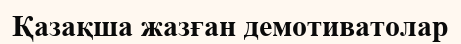
Қазақша жазған демотиватолар